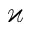
\varkappa